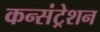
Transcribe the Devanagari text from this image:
कन्संट्रेशन